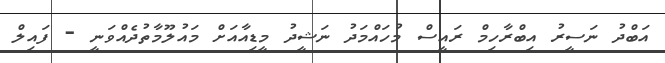
އަބްދު ނަސީރު އިބްރާހިމް ރައީސް މުހައްމަދު ނަޝީދު މީޑިއާއަށް މައުލޫމާތުދެއްވަނީ - ފައިލް